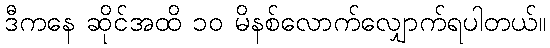
ဒီကနေ ဆိုင်အထိ ၁၀ မိနစ်လောက်လျှောက်ရပါတယ်။